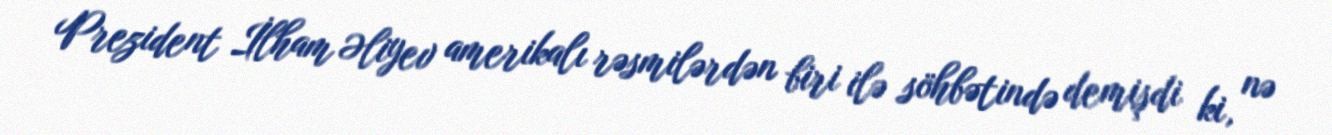
Prezident İlham Əliyev amerikalı rəsmilərdən biri ilə söhbətində demişdi ki, nə